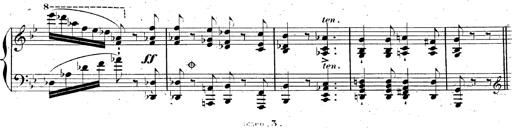
Title: AnnÃ©es de pÃ¨lerinage II, SupplÃ©ment
Composer: Franz Liszt